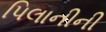
પિલાનીની